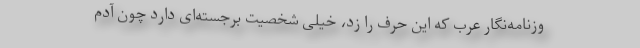
وزنامه‌نگار عرب که این حرف را زد، خیلی شخصیت برجسته‌ای دارد چون آدم